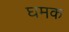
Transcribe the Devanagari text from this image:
घमक